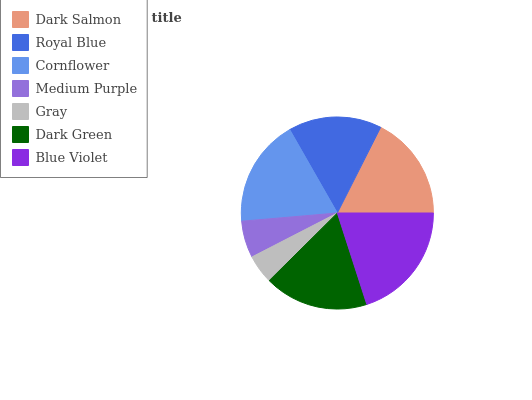
| Dark Salmon | Royal Blue | Cornflower | Medium Purple | Gray | Dark Green | Blue Violet |
 | --- | --- | --- | --- | --- | --- | --- |
 | 17.5% | 15.7% | 18.1% | 6.21% | 4.87% | 17.5% | 20.1% |